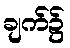
ချက်၌